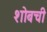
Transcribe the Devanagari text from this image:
शोबची